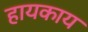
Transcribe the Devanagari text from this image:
हायकाय